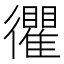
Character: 忂